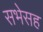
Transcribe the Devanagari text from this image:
सभेसह